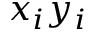
x _ { i } y _ { i }